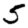
Digit: 5